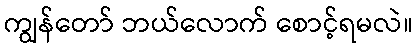
ကျွန်တော် ဘယ်လောက် စောင့်ရမလဲ။